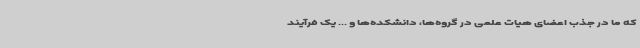
که ما در جذب اعضای هیات علمی در گروه‌ها، دانشکده‌ها و ... یک فرآیند